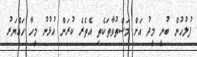
ފުލުހުން ބުނީ މީދު އަށް މަސްތުވާތަކެތި އެތެރެ ކުރަން އުޅުނު މީހާ ހައްޔަރު